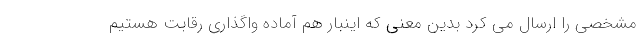
مشخصی را ارسال می کرد بدین معنی که اینبار هم آماده واگذاری رقابت هستیم